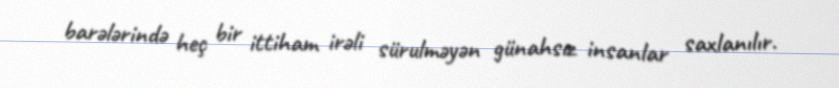
barələrində heç bir ittiham irəli sürulməyən günahsız insanlar saxlanılır.